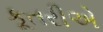
કૂતરીએ